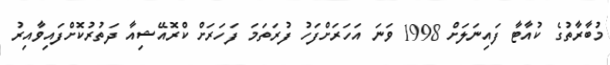
މުބާރާތުގެ ކުއާޓާ ފައިނަލަށް 1998 ވަނަ އަހަރަށްފަހު ފުރަތަމަ ފަހަރަށް ކްރޮއޭޝިއާ ދަތުރުކޮށްފައިވާއިރު